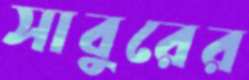
সাবুরের